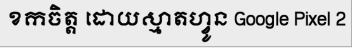
ខកចិត្ត ដោយស្មាតហ្វូន Google Pixel 2